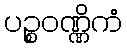
ပဉ္စဝဏ္ဏိကံ